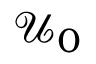
\mathcal { U } _ { 0 }